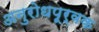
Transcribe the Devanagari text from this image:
अनुरोधपूर्वक